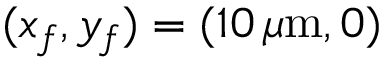
( x _ { f } , y _ { f } ) = ( 1 0 \, \mu \mathrm { m } , 0 )